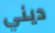
ديني